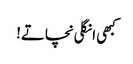
کبھی انگلی نچاتے!